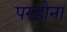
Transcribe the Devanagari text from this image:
परडोना